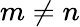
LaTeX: m\ne n